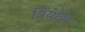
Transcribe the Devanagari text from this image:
त्रियात्री